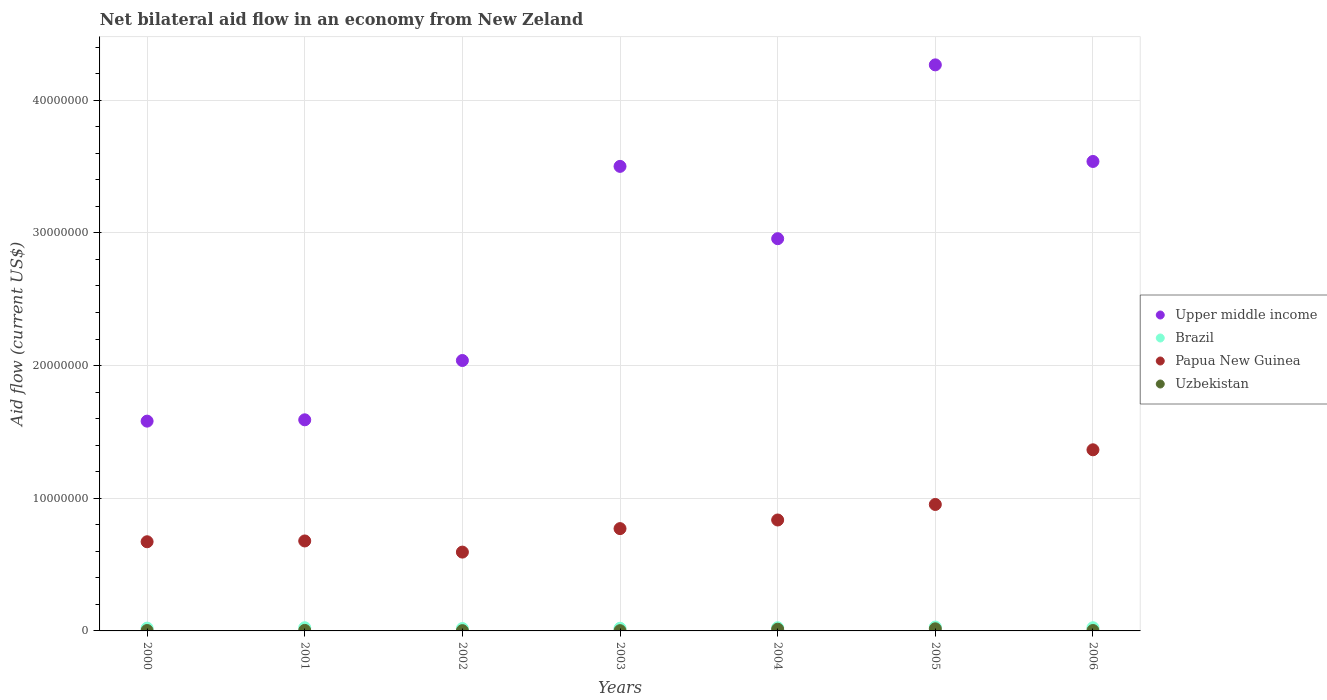
| Years | Upper middle income | Brazil | Papua New Guinea | Uzbekistan |
 | --- | --- | --- | --- | --- |
 | 2000 | 1.58e+07 | 2.1e+05 | 6.72e+06 | 3e+04 |
 | 2001 | 1.59e+07 | 2.4e+05 | 6.78e+06 | 4e+04 |
 | 2002 | 2.04e+07 | 1.8e+05 | 5.94e+06 | 2e+04 |
 | 2003 | 3.5e+07 | 2e+05 | 7.71e+06 | 2e+04 |
 | 2004 | 2.96e+07 | 2.4e+05 | 8.36e+06 | 1.3e+05 |
 | 2005 | 4.27e+07 | 2.9e+05 | 9.53e+06 | 1.6e+05 |
 | 2006 | 3.54e+07 | 2.4e+05 | 1.36e+07 | 3e+04 |